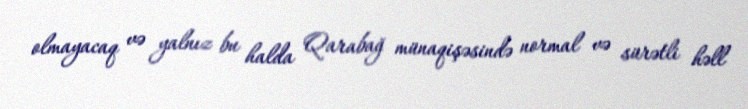
olmayacaq və yalnız bu halda Qarabağ münaqişəsində normal və sürətli həll